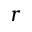
r